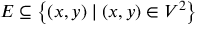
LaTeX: E \subseteq \left\{ ( x , y ) \mid ( x , y ) \in V ^ { 2 } \right\}